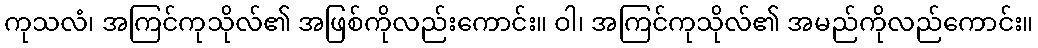
ကုသလံ၊ အကြင်ကုသိုလ်၏ အဖြစ်ကိုလည်းကောင်း။ ဝါ၊ အကြင်ကုသိုလ်၏ အမည်ကိုလည်ကောင်း။